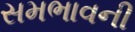
સમભાવની